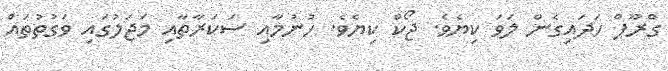
ގްރޫޕް ހަދައިގެން ލަވަ ކިޔެވެ. ޖޯކް ކިޔެވެ. ހުނުމާއި ސަކަރާތާއި މަޖަލުގައި ވަގުތުތައް